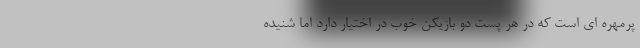
پرمهره ای است که در هر پست دو بازیکن خوب در اختیار دارد اما شنیده